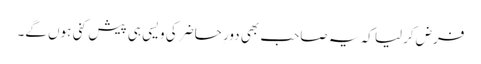
فرض کرلیا کہ یہ صاحب بھی دورِ حاضر کی ویسی ہی پیش کنی ہوں گے۔